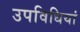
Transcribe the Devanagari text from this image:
उपविधियां